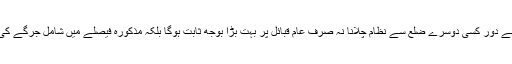
اس طرح متعلقہ عدالتوں کا اپنے قبائلی اضلاع سے دور کسی دوسرے ضلع سے نظام چلانا نہ صرف عام قبائل پر بہت بڑا بوجھ ثابت ہوگا بلکہ مذکورہ فیصلے میں شامل جرگے کی حاضری یقینی بنانا بھی انتہائی مشکل کام ہوگا۔